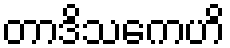
တာဒိသကေဟိ